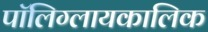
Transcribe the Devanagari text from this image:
पॉलिग्लायकालिक